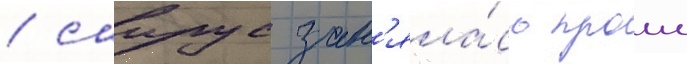
/ саирус зан'яла́сь промо